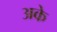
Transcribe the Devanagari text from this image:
अके